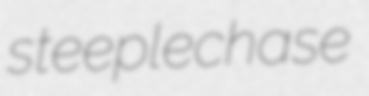
steeplechase